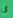
أنا